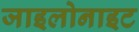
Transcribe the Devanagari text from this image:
जाइलोनाइट